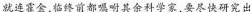
就连霍金，临终前都嘱咐其余科学家，要尽快研究出